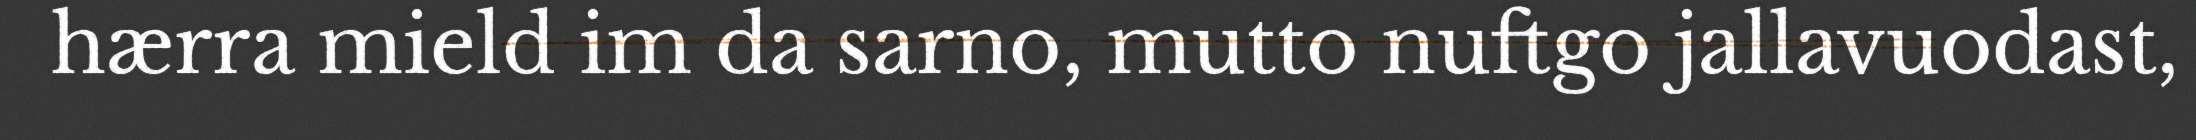
hærra mield im da sarno, mutto nuftgo jallavuodast,